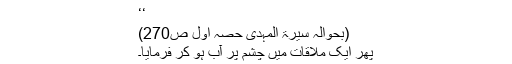
‘‘
(بحوالہ سیرۃ المہدی حصہ اول ص270)
پھر ایک ملاقات میں چشم پُر آب ہو کر فرمایا۔